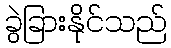
ခွဲခြားနိုင်သည်